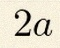
2a